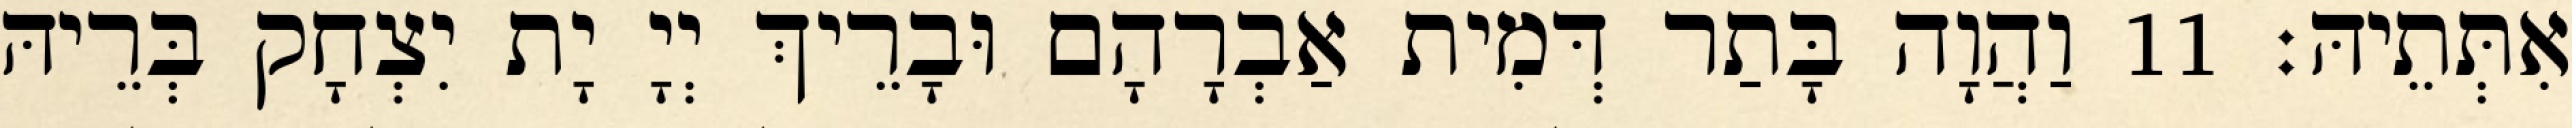
אִתְּתֵיהּ׃ 11 וַהֲוָה בָּתַר דְּמִית אַבְרָהָם וּבָרֵיךְ יְיָ יָת יִצְחָק בְּרֵיהּ